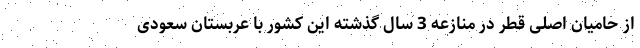
از حامیان اصلی قطر در منازعه 3 سال گذشته این کشور با عربستان سعودی